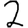
Digit: 2